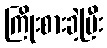
ကြိုးစားခဲ့ပြီး